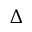
\Delta